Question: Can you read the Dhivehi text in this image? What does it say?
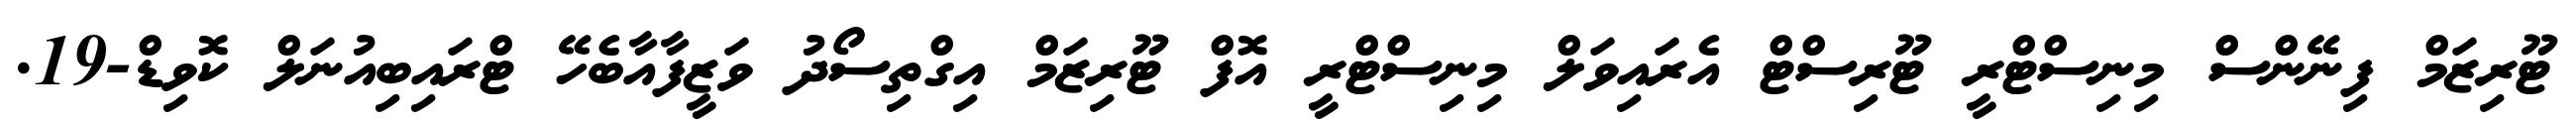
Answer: ޓޫރިޒަމް ފިނޭންސް މިނިސްޓްރީ ޓޫރިސްޓް އެރައިވަލް މިނިސްޓްރީ އޮފް ޓޫރިޒަމް އިގްތިސޯދު ވަޒީފާއާބެހޭ ޓްރައިބިއުނަލް ކޮވިޑް-19.